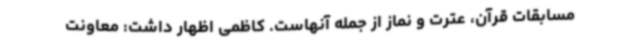
مسابقات قرآن، عترت و نماز از جمله آنهاست. کاظمی اظهار داشت: معاونت